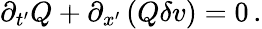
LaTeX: \partial_{t^{\prime}}Q+\partial_{x^{\prime}}\left(Q\delta v\right)=0\, .